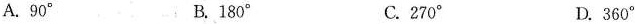
A.90^{\circ} B.180^{\circ} C.270^{\circ} D.360^{\circ}